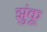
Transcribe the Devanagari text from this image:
झुंकू